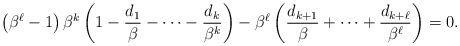
\begin{align*}\left(\beta^\ell-1\right)\beta^{k}\left(1-\frac{d_1}{\beta}-\cdots-\frac{d_k}{\beta^{k}}\right)-\beta^{\ell}\left(\frac{d_{k+1}}{\beta}+\cdots+\frac{d_{k+\ell}}{\beta^{\ell}}\right)=0.\end{align*}